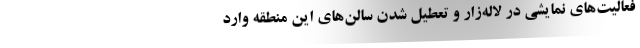
فعالیت‌های نمایشی در لاله‌زار و تعطیل شدن سالن‌های این منطقه وارد